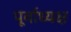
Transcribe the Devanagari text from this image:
पूर्वाध्यक्ष